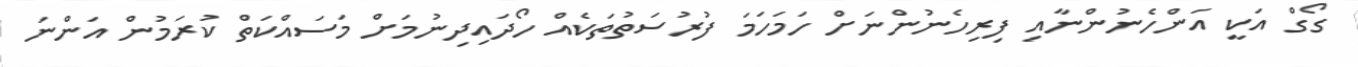
ގޯގް އަކީ އަންހެނުންނާއި ފިރިހެނުންނަށް ހަމަހަމަ ފުރުސަތުތަކެއް ހޯދައިދިނުމަށް މަަސައްކަތް ކުރަމުން އަންނަ